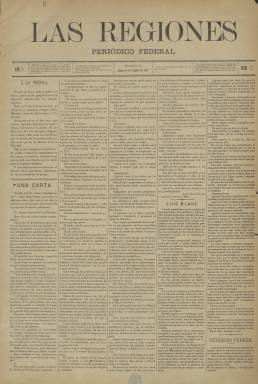
Título: Las Regiones (Madrid)
Colección: Periódicos
Ámbito geográfico: Madrid
Lugar de publicación: Madrid
Fechas: 10/10/1887-18/01/1890

La aparición de este semanario republicano se produce poco más de un año después del intento revolucionario del brigadier Manuel Villacampa del 19 de septiembre de 1886, que es considerado por la historiografía el último pronunciamiento republicano del siglo XIX y cuyo máximo  inspirador fue Manuel Ruiz-Zorrilla, exiliado a la sazón en Francia y uno de los políticos destacados del sexenio revolucionario (1868-1874).

    De cuatro páginas a cinco columnas y con el subtítulo ‘Periódico Federal’,  la publicación, de clara orientación doctrinal,  incluye en su primer número una carta de un correligionario a modo de programa político en la que se deja claro que “hoy por hoy, el único jefe de los revolucionarios de España en el orden de los procedimientos es Don Manuel Ruiz-Zorrilla, y toda otra jefatura que quiera imponérsenos debe ser considerada como facciosa”.

   Nacido unos meses antes, en junio de 1887, el diario El País también proclamaba como su inspirador a Ruiz-Zorrilla, republicano unitario como Nicolás Salmerón, aunque éste contaba con su propio periódico, La Justicia, y se había distanciado de Ruiz-Zorrilla a raíz del citado pronunciamiento.

   El mundo republicano estaba en esos años muy dividido. Así, en Las Regiones no se ahorraban críticas al líder del republicanismo federal, Pi i Margall, y a su periódico La República, que había sido fundado en 1884 tras la amplia libertad de prensa que permitió la ley de imprenta del año anterior, la llamada ley Gullón, con el liberal Sagasta en el poder.

   El federalismo que defendía Las Regiones se resumía en esta frase: “De todo lo que sea local debe conocer la ciudad; de lo regional la región; de lo nacional el Gobierno”. Y a partir de su número 4 de 1 de noviembre de 1887, incorporará a su cabecera dos lemas que son sendos principios doctrinales de su ideario: “La fórmula más concreta de la federación es ésta: autonomía y pacto”, y “La Revolución es el derecho de los oprimidos”.

   En sus páginas tenían cabida artículos de fondo, crónicas críticas con las actuaciones del Gobierno, cartas de comités republicanos remitidas desde todas las provincias y también desde fuera de España, elogios necrológicos de revolucionarios republicanos fallecidos, como el dedicado a Luis Blanc, reseñas de reuniones y declaraciones de la Masonería y secciones más ligeras.

   Su presentación gana en vistosidad y variedad a partir del 10 de noviembre de 1888, cuando empieza a publicar grabados en su portada, el primero de ellos dedicado al militar Villacampa, protagonista de pronunciamiento de 1886, pero seguidamente de escritores, artistas o filósofos como Víctor Hugo, Cervantes, El Españoleto o Giordano Bruno, con biografías de los personajes acompañando a las imágenes, e incluyendo incluso poesías sobre temas diversos.

  El editor del semanario, Jaime Marti-Miquel, director de otras publicaciones republicanas, acogió con entusiasmo la coalición de la prensa republicana contra la Monarquía surgida a raíz de la reunión en Madrid en junio de 1889 de 58 directores o representantes de periódicos republicanos de toda España. Las Regiones desaparecería poco después, pues el último número al menos que conserva la BNE es el del 18 de enero de 1890, año en que se aprobó el sufragio universal masculino.

   Incluye el suplemento El Grito del pueblo (Gijón) impreso en la última página de algunos números.

[Descripción publicada el 26/7/2018]